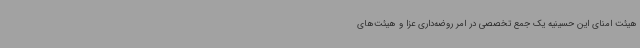
هیئت امنای این حسینیه یک جمع تخصصی در امر روضه‌داری عزا و هیئت‌های